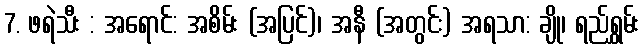
7. ဖရဲသီး : အရောင်: အစိမ်း (အပြင်)၊ အနီ (အတွင်း) အရသာ: ချို၊ ရည်ရွှမ်း